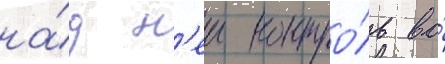
на́д н'еи контро́ль во́